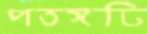
পতঙ্গটি